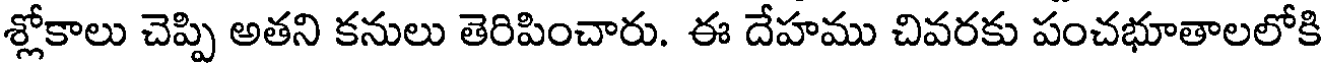
శ్లోకాలు చెప్పి అతని కనులు తెరిపించారు. ఈ దేహము చివరకు పంచభూతాలలోకి